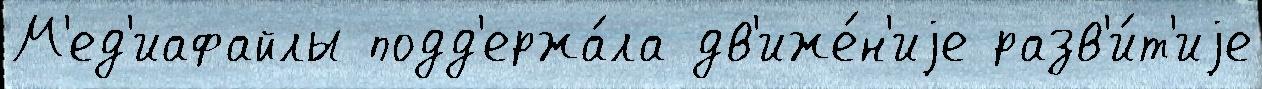
М'ед'иафайлы подд'ержа́ла дв'иже́н'иjе разв'и́т'иjе